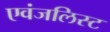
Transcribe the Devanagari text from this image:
एवंजलिस्ट